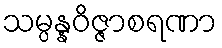
သမ္ပန္နဝိဇ္ဇာစရဏာ